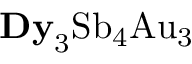
\mathrm { { \bf D y } _ { 3 } S b _ { 4 } A u _ { 3 } }